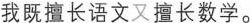
我既擅长语文又擅长数学。